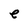
Character: e